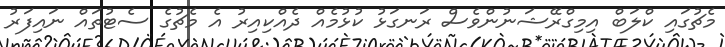
މެޗުގައި ކްލަބް އިމިގްރޭޝަނުންވެސް ރަނގަޅު ކުޅުމެއް ދެއްކިއިރު އެ މެޗުގެ ސެޓުތައް ނައިފަރު